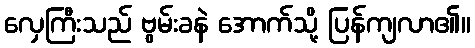
လှေကြီးသည် ဗွမ်းခနဲ အောက်သို့ ပြန်ကျလာ၏။